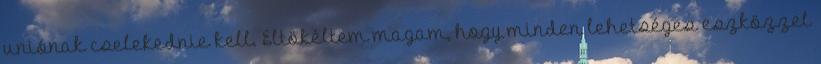
uniónak cselekednie kell. Eltökéltem magam, hogy minden lehetséges eszközzel